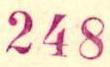
Unionink 16 Hki 13